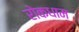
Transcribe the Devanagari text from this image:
रोकधाम